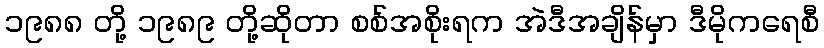
၁၉၈၈ တို့ ၁၉၈၉ တို့ဆိုတာ စစ်အစိုးရက အဲဒီအချိန်မှာ ဒီမိုကရေစီ